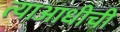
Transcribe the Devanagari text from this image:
त्याआधीची